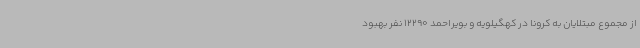
از مجموع مبتلایان به کرونا در کهگیلویه و بویراحمد 12290 نفر بهبود